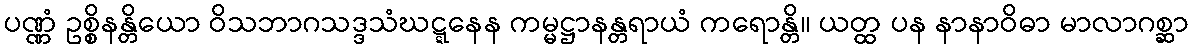
ပဏ္ဏံ ဥစ္စိနန္တိယော ဝိသဘာဂသဒ္ဒသံဃဋ္ဋနေန ကမ္မဋ္ဌာနန္တရာယံ ကရောန္တိ။ ယတ္ထ ပန နာနာဝိဓာ မာလာဂစ္ဆာ